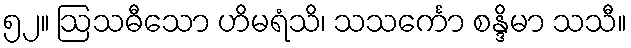
၅၂။ ဩသဓီသော ဟိမရံသိ၊ သသင်္ကော စန္ဒိမာ သသီ။